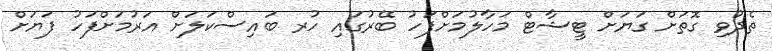
ތެދުވި ގޮތަށް ގަޔަށް ޓީޝާޓް މަހާލުމަށްފަހު ބޭރުގައި ހުރ ބައިސްކަލަށް އަރުމަށްފަހު ފަޔަށް